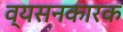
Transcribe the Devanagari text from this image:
व्यसनकारक